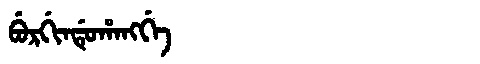
Manchu: ᠪᡠᡵᡤᡳᠨᡩᡠᡥᠠᠩᡤᡝ
Romanization: BURGINDUHANGGE